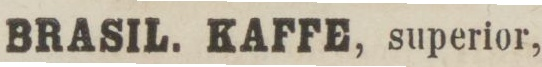
BRASIL. KAFFE, superior,